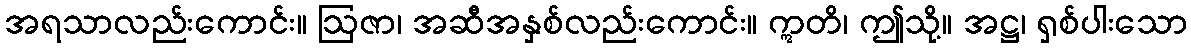
အရသာလည်းကောင်း။ ဩဇာ၊ အဆီအနှစ်လည်းကောင်း။ ဣတိ၊ ဤသို့။ အဋ္ဌ၊ ရှစ်ပါးသော